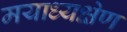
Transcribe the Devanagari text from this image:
मयाध्यक्षेण